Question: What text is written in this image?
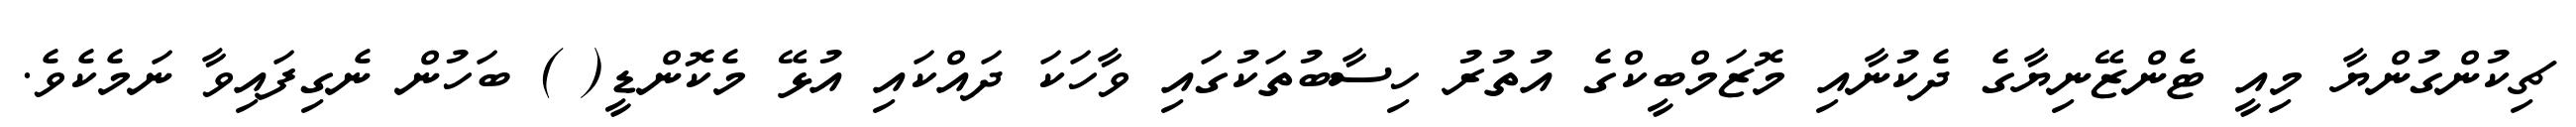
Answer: ޗިކުންގުންޔާ މިއީ ޓެންޒޭނިޔާގެ ދެކުނާއި މޮޒަމްބީކްގެ އުތުރު ހިސާބުތަކުގައި ވާހަކަ ދައްކައި އުޅޭ މެކޮންޑީ( ) ބަހުން ނެގިފައިވާ ނަމެކެވެ.